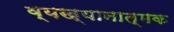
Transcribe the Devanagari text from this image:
व्यख्यानात्मक